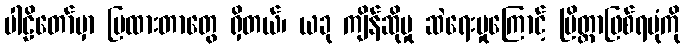
ပါဠိတော်မှာ ပြထားတာတွေ ရှိတယ်၊ ယခု ကျိန်ဆိုမှု ဆဲရေးမှုကြောင့် ပြိတ္တာဖြစ်ရပုံကို